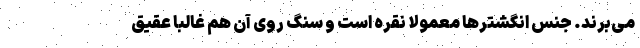
می‌برند. جنس انگشترها معمولا نقره است و سنگ روی آن‌ هم غالبا عقیق